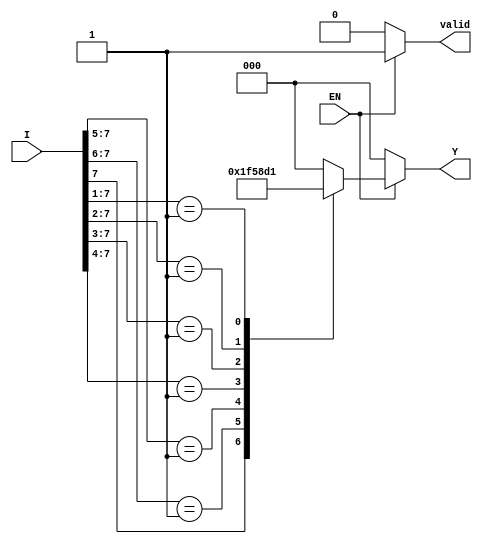
module encoder_8to3 (
    input wire [7:0] I,  // 8 input lines
    input wire EN,       // Enable signal
    output reg [2:0] Y,  // 3 output lines
    output reg valid      // Valid output signal
);

always @(*) begin
    if (!EN) begin
        Y = 3'b000;  // Default state when EN is low
        valid = 1'b0; // Indicate output is not valid
    end else begin
        valid = 1'b1; // Indicate output is valid
        casez (I)     // Use casez to handle don't care conditions
            8'b1??????? : Y = 3'b111; // I7 is active
            8'b01?????? : Y = 3'b110; // I6 is active
            8'b001????? : Y = 3'b101; // I5 is active
            8'b0001???? : Y = 3'b100; // I4 is active
            8'b00001??? : Y = 3'b011; // I3 is active
            8'b000001?? : Y = 3'b010; // I2 is active
            8'b0000001? : Y = 3'b001; // I1 is active
            8'b00000001 : Y = 3'b000; // I0 is active
            default     : Y = 3'b000; // No inputs active
        endcase
    end
end

endmodule